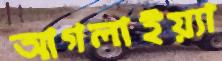
আগলাইয়্যা